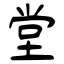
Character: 堂